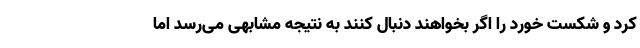
کرد و شکست خورد را اگر بخواهند دنبال کنند به نتیجه مشابهی می‌رسد اما